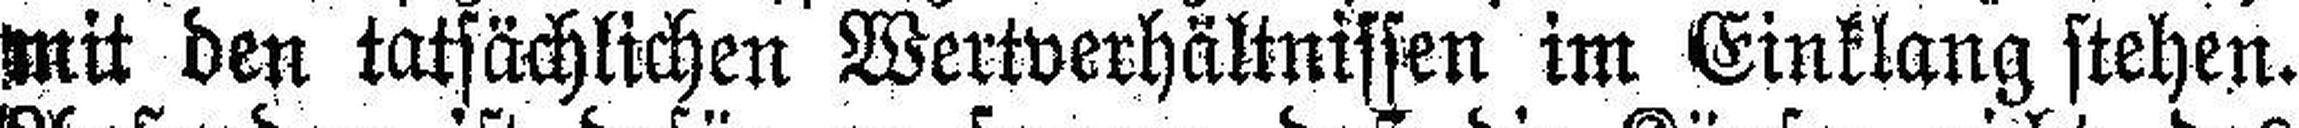
mit den tatsächlichen Wertverhältnissen im Einklang stehen.